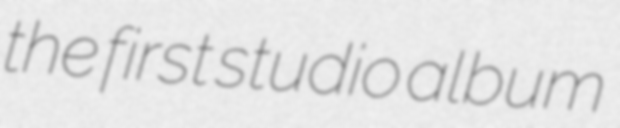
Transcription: the first studio album